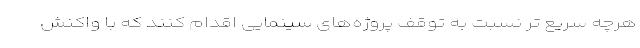
هرچه سریع تر نسبت به توقف پروژه‌های سینمایی اقدام کنند که با واکنش